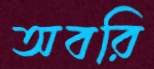
অবরি